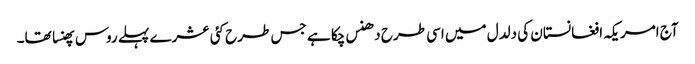
آج امریکہ افغانستان کی دلدل میں اسی طرح دھنس چکا ہے جس طرح کئی عشرے پہلے روس پھنسا تھا۔